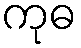
ကုဓ